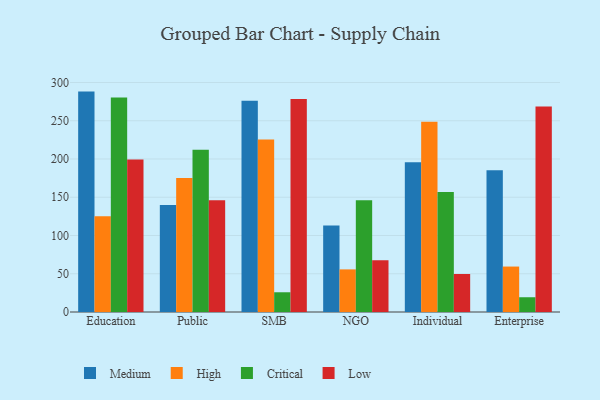
{"axis": {"x": "Segment", "y": "Headcount"}, "legend": ["Critical", "High", "Low", "Medium"], "data": [{"x": "Education", "y": 288.1, "type": "Medium"}, {"x": "Education", "y": 125.2, "type": "High"}, {"x": "Education", "y": 280.3, "type": "Critical"}, {"x": "Education", "y": 199.5, "type": "Low"}, {"x": "Public", "y": 140.0, "type": "Medium"}, {"x": "Public", "y": 175.0, "type": "High"}, {"x": "Public", "y": 212.1, "type": "Critical"}, {"x": "Public", "y": 146.0, "type": "Low"}, {"x": "SMB", "y": 276.1, "type": "Medium"}, {"x": "SMB", "y": 225.5, "type": "High"}, {"x": "SMB", "y": 25.8, "type": "Critical"}, {"x": "SMB", "y": 278.4, "type": "Low"}, {"x": "NGO", "y": 113.1, "type": "Medium"}, {"x": "NGO", "y": 55.7, "type": "High"}, {"x": "NGO", "y": 146.2, "type": "Critical"}, {"x": "NGO", "y": 67.8, "type": "Low"}, {"x": "Individual", "y": 195.9, "type": "Medium"}, {"x": "Individual", "y": 248.8, "type": "High"}, {"x": "Individual", "y": 156.8, "type": "Critical"}, {"x": "Individual", "y": 49.7, "type": "Low"}, {"x": "Enterprise", "y": 185.2, "type": "Medium"}, {"x": "Enterprise", "y": 59.4, "type": "High"}, {"x": "Enterprise", "y": 19.3, "type": "Critical"}, {"x": "Enterprise", "y": 268.6, "type": "Low"}]}